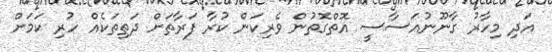
އަދި މިހާރު ގާނޫނުއަސާސީ އޮތްގޮތުން ވެރިކަން ކުރާ ފަރާތަށް ދަތިތަކެއް ހުރި ކަމަށް